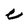
Character: C